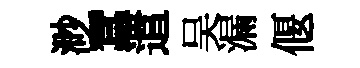
渺蠶遣吴漏偃